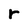
Character: r